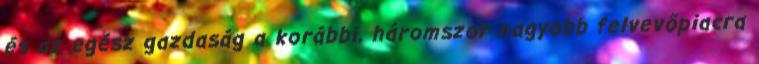
és az egész gazdaság a korábbi, háromszor nagyobb felvevőpiacra